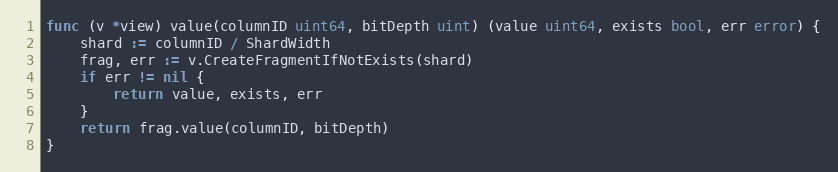
Language: Go
func (v *view) value(columnID uint64, bitDepth uint) (value uint64, exists bool, err error) {
	shard := columnID / ShardWidth
	frag, err := v.CreateFragmentIfNotExists(shard)
	if err != nil {
		return value, exists, err
	}
	return frag.value(columnID, bitDepth)
}